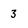
Character: 3